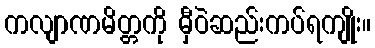
ကလျာဏမိတ္တကို မှီဝဲဆည်းကပ်ရကျိုး။